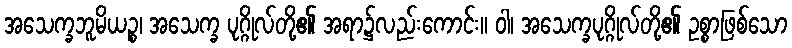
အသေက္ခဘူမိယဉ္စ၊ အသေက္ခ ပုဂ္ဂိုလ်တို့၏ အရာ၌လည်းကောင်း။ ဝါ၊ အသေက္ခပုဂ္ဂိုလ်တို့၏ ဥစ္စာဖြစ်သော